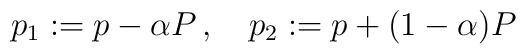
p_{1} := p - \alpha P\, , \quad p_{2} := p + (1-\alpha) P